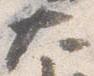
大